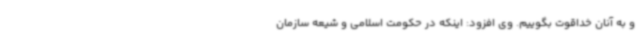
و به آنان خداقوت بگوییم. وی افزود: اینکه در حکومت اسلامی و شیعه سازمان